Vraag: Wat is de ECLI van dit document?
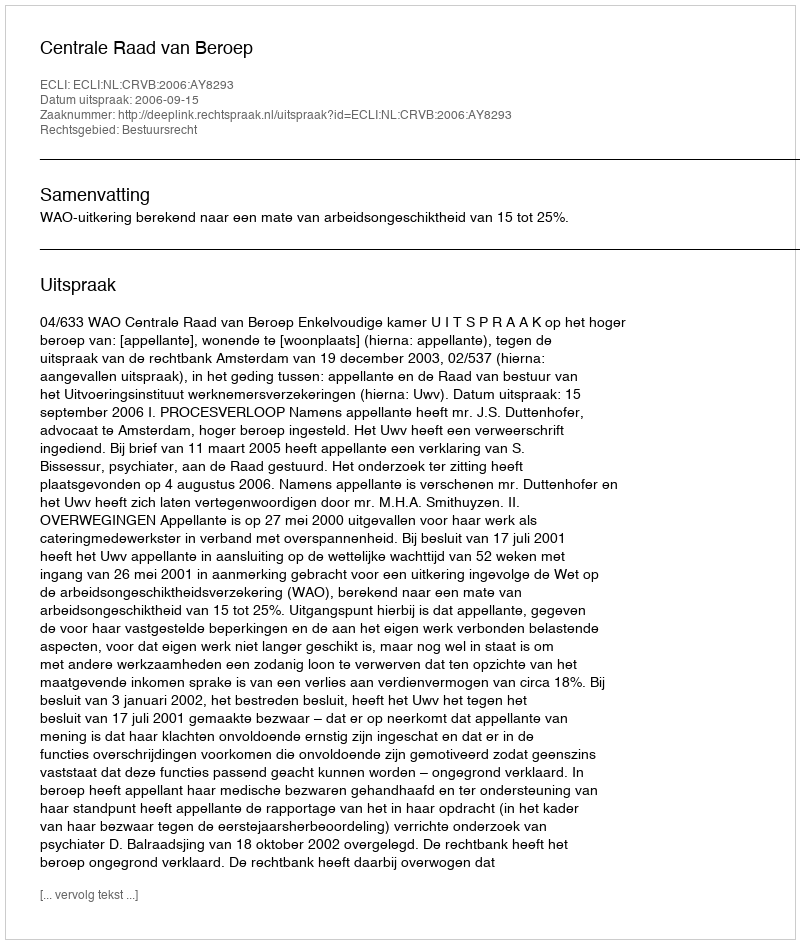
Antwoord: ECLI:NL:CRVB:2006:AY8293